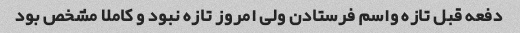
دفعه قبل تازه واسم فرستادن ولی امروز تازه نبود و کاملا مشخص بود